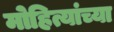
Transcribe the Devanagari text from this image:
मोहित्यांच्या